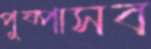
পুষ্পাসব